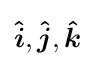
{\boldsymbol {\hat {i}}},{\boldsymbol {\hat {j}}},{\boldsymbol {\hat {k}}}